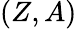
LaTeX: (Z,A)